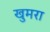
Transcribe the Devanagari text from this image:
खुमरा